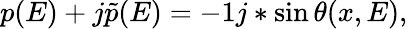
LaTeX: \begin{array}{r}{p(E)+j\tilde{p}(E)=-1j*\sin\theta(x,E),}\end{array}